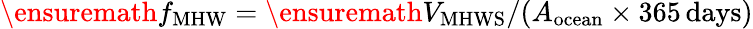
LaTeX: \ensuremath{f_{\mathrm{MHW}}}=\ensuremath{V_{\mathrm{MHWS}}}/(A_{\mathrm{ocean}}\times 365\, \mathrm{days)}